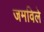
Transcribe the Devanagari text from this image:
जमविले